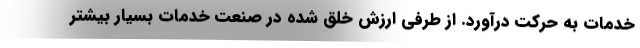
خدمات به حرکت درآورد. از طرفی ارزش خلق شده در صنعت خدمات بسیار بیشتر